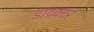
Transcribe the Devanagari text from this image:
डाय्र्क्टर